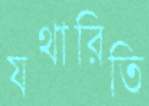
যথারিতি